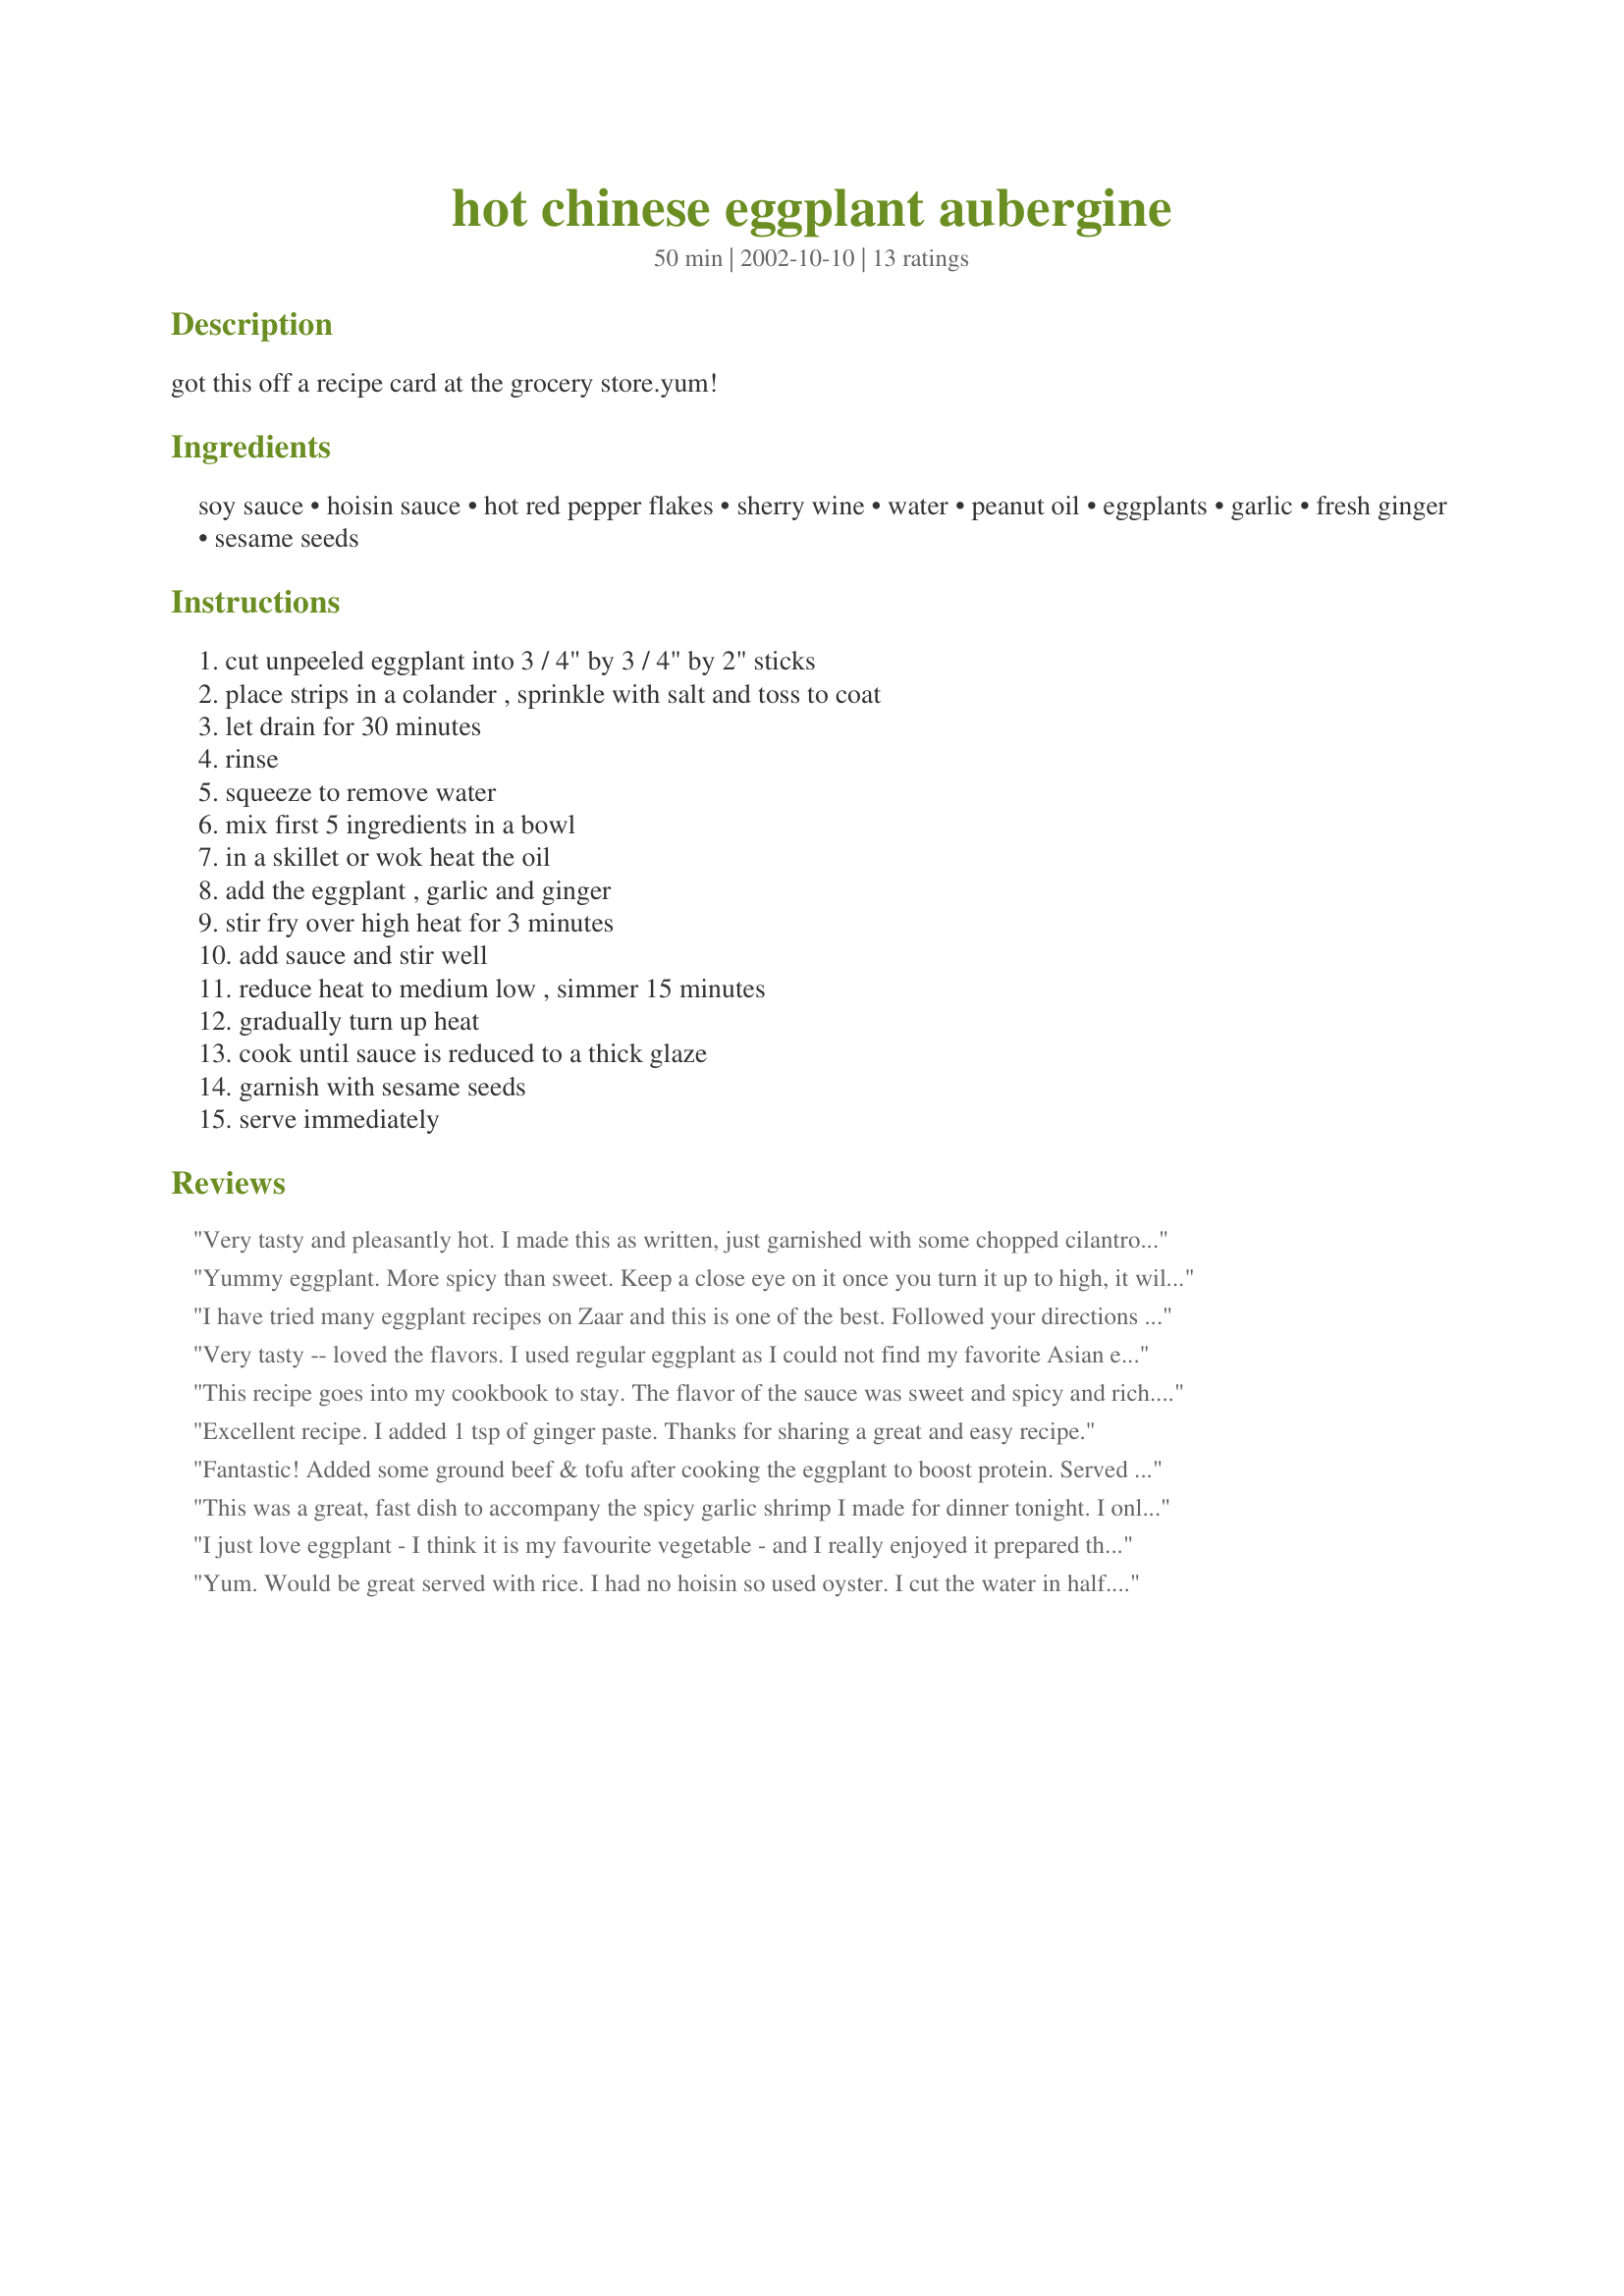
hot chinese eggplant aubergine
Preparation time: 50 minutes

got this off a recipe card at the grocery store.yum!

Ingredients:
soy sauce, hoisin sauce, hot red pepper flakes, sherry wine, water, peanut oil, eggplants, garlic, fresh ginger, sesame seeds

Steps:
cut unpeeled eggplant into 3 / 4" by 3 / 4" by 2" sticks, place strips in a colander , sprinkle with salt and toss to coat, let drain for 30 minutes, rinse, squeeze to remove water, mix first 5 ingredients in a bowl, in a skillet or wok heat the oil, add the eggplant , garlic and ginger, stir fry over high heat for 3 minutes, add sauce and stir well, reduce heat to medium low , simmer 15 minutes, gradually turn up heat, cook until sauce is reduced to a thick glaze, garnish with sesame seeds, serve immediately

Reviews:
Very tasty and pleasantly hot. I made this as written, just garnished with some chopped cilantro. This is a really good way to do something different with eggplant. Thanx for sharing!
Yummy eggplant. More spicy than sweet. Keep a close eye on it once you turn it up to high, it will thicken to almost nothing in less than 5 minutes. Served 4 with brown rice. Great recipe, Sharon!
I have tried many eggplant recipes on Zaar and this is one of the best. Followed your directions to a tee. The flavor of the sauce was unbelievable. I especially liked the flavor of the fresh ginger and hoisin sauce. I served this with eggrolls and a cabbage-dish. Thanks Sharon, for a memorable meal.
Very tasty -- loved the flavors. I used regular eggplant as I could not find my favorite Asian eggplants -- they seem to have a milder flavor. Next time, I might add some additional veggies and/or some tofu. I did add the chopped cilantro as mentioned by another reviewer. This made a really nice dinner tonight. Made for Everyday is a Holiday tag, December, 2013.
This recipe goes into my cookbook to stay. The flavor of the sauce was sweet and spicy and rich. I was a little worried about the amount of red pepper flakes, but it was just perfect...not too hot and not too bland. I didn't have any sherry so I substituted some rice wine (saki) and I thought it worked very well. The sesame seeds didn't add much flavor to the dish, but they looked pretty scattered on top. I served this with some Jasmine rice and stir fried bok choy with shitakes. Really delicious recipe, Sharon.
Excellent recipe. I added 1 tsp of ginger paste. Thanks for sharing a great and easy recipe.
Fantastic! Added some ground beef & tofu after cooking the eggplant to boost protein. Served with brown rice & green beans. Delicious! Oh, did add about 1/2 T garlic chile sauce to bump up the heat a bit. Mmmm! Another winner, Sharon123! Thanks (especially since I wasn't up to making moussaka & didn't want to baba it!
This was a great, fast dish to accompany the spicy garlic shrimp I made for dinner tonight. I only used one eggplant but I kept the amounts the same for the ingredients (maybe reducing the hoisin to 2 tbsp instead and using chicken broth instead of water). I also only simmered the eggplant for 10mins and it was tender but not soggy.

Perhaps it was because I used dark mushroom soy sauce, but the hoisin and soy sauce seemed to overpower the dish for me. I think next time I will use 1 tbsp hoisin and 1 tbsp oyster sauce and use regular soy sauce, to still maintain the consistency but make the flavors more subtle. The heat of the final dish was just right for DH, but I added spicy chili oil on top of my serving. I'll definitely make this again but make those changes I suggested. Thanks very much!
I just love eggplant - I think it is my favourite vegetable - and I really enjoyed it prepared this way. Sweet, fresh and spicy. Glancing up at Geema's review, I've just realised I forgot the sesame seeds, but it was still delicious without them. I used McWilliam's Cream Sherry, and the amount of sauce, for us, was just right. I served this with steamed rice and MaeEast's Braised Pork in Soy Sauce #66763, and they complemented each other nicely. Thanks for posting Sharon.
Yum. Would be great served with rice. I had no hoisin so used oyster. I cut the water in half. The time and reduction is key. I cooked my meat in the remains of the sauce. Nice.
Eggplant bathed in a wonderful sauce made with Hoisin, sherry, garlic and ginger. I used Japanese eggplant and didn't need to salt and drain it. I also didn't have time to slice it into strips, so I cut it into small wedges. The recipe didn't specify the type of sherry, so I used a lightly sweetened amber sherry. I would have liked more sauce and think it would be helpful to have the amount of eggplant specified by weight. We adored the flavor, next time I use less eggplant.
It was so nice and flaerful, but it came out a bit salty. I added ground pork next time and it was perfect. Highly recommended.
I will definately make it over and over. Thank you!
Alot sweeter than expected, matched nicely with the spicyness (I added extra heat). Great recipe! Thanks Sharon123! Made for Chinese/Vietnamese New Year Tag Game 2008.
